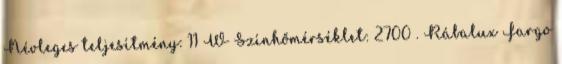
Névleges teljesítmény: 11 W Színhőmérséklet: 2700 . Rábalux Fargo